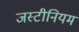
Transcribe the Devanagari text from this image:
जस्टीनियम